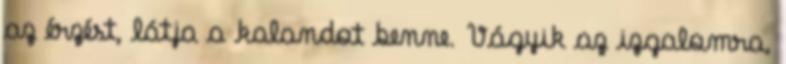
az érzést, látja a kalandot benne. Vágyik az izgalomra,